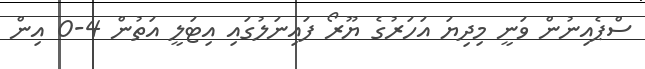
ސްޕެއިނުން ވަނީ މިދިޔަ އަހަރުގެ ޔޫރޯ ފައިނަލުގައި އިޓަލީ އަތުން 4-0 އިން